Civil Veterinary Department. Central Provinces & Berar 1925-31 - 1925-1931
Year: 1925
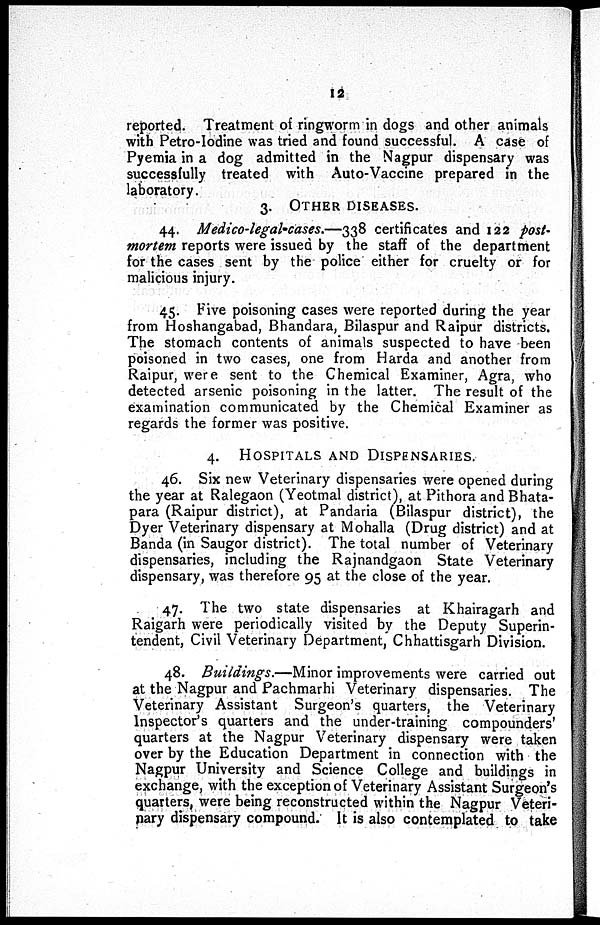
12
reported. Treatment of ringworm in dogs and other animals
with Petro-Iodine was tried and found successful. A case of
Pyemia in a dog admitted in the Nagpur dispensary was
successfully treated with Auto-Vaccine prepared in the
laboratory.
3. OTHER DISEASES.
44. Medico-legal-cases.—338 certificates and 122 post-
mortem reports were issued by the staff of the department
for the cases sent by the police either for cruelty or for
malicious injury.
45. Five poisoning cases were reported during the year
from Hoshangabad, Bhandara, Bilaspur and Raipur districts.
The stomach contents of animals suspected to have been
poisoned in two cases, one from Harda and another from
Raipur, were sent to the Chemical Examiner, Agra, who
detected arsenic poisoning in the latter. The result of the
examination communicated by the Chemical Examiner as
regards the former was positive.
4. HOSPITALS AND DISPENSARIES.
46. Six new Veterinary dispensaries were opened during
the year at Ralegaon (Yeotmal district), at Pithora and Bhata-
para (Raipur district), at Pandaria (Bilaspur district), the
Dyer Veterinary dispensary at Mohalla (Drug district) and at
Banda (in Saugor district). The total number of Veterinary
dispensaries, including the Rajnandgaon State Veterinary
dispensary, was therefore 95 at the close of the year.
47. The two state dispensaries at Khairagarh and
Raigarh were periodically visited by the Deputy Superin-
tendent, Civil Veterinary Department, Chhattisgarh Division.
48. Buildings.—Minor improvements were carried out
at the Nagpur and Pachmarhi Veterinary dispensaries. The
Veterinary Assistant Surgeon's quarters, the Veterinary
Inspector's quarters and the under-training compounders'
quarters at the Nagpur Veterinary dispensary were taken
over by the Education Department in connection with the
Nagpur University and Science College and buildings in
exchange, with the exception of Veterinary Assistant Surgeon's
quarters, were being reconstructed within the Nagpur Veteri-
nary dispensary compound. It is also contemplated to take